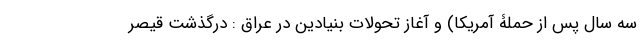
سه سال پس از حملۀ آمریکا) و آغاز تحولات بنیادین در عراق : درگذشت قیصر